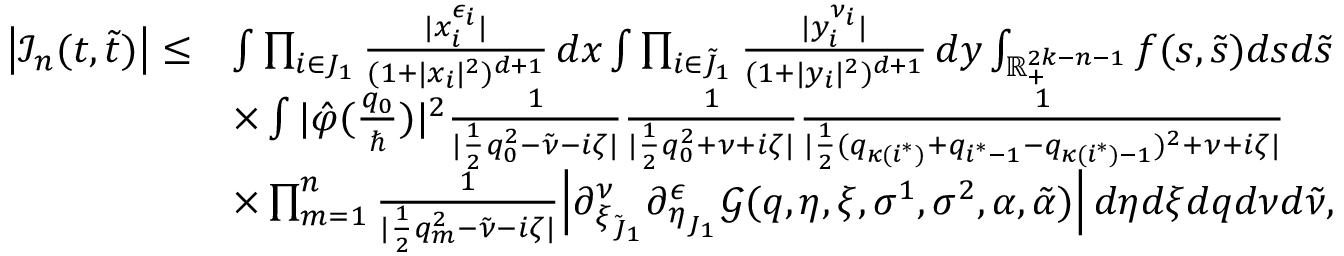
\begin{array} { r l } { \big | \mathcal { I } _ { n } ( \boldsymbol { t } , \boldsymbol { \tilde { t } } ) \big | \leq } & { \int \prod _ { i \in J _ { 1 } } \frac { | x _ { i } ^ { \epsilon _ { i } } | } { ( 1 + | x _ { i } | ^ { 2 } ) ^ { d + 1 } } \, d \boldsymbol { x } \int \prod _ { i \in \tilde { J } _ { 1 } } \frac { | y _ { i } ^ { \nu _ { i } } | } { ( 1 + | y _ { i } | ^ { 2 } ) ^ { d + 1 } } \, d \boldsymbol { y } \int _ { \mathbb { R } _ { + } ^ { 2 k - n - 1 } } f ( \boldsymbol { s } , \boldsymbol { \tilde { s } } ) d \boldsymbol { s } d \boldsymbol { \tilde { s } } } \\ & { \times \int | \hat { \varphi } ( \frac { q _ { 0 } } { \hbar } ) | ^ { 2 } \frac { 1 } { | \frac { 1 } { 2 } q _ { 0 } ^ { 2 } - \tilde { \nu } - i \zeta | } \frac { 1 } { | \frac { 1 } { 2 } q _ { 0 } ^ { 2 } + \nu + i \zeta | } \frac { 1 } { | \frac { 1 } { 2 } ( q _ { \kappa ( i ^ { * } ) } + q _ { i ^ { * } - 1 } - q _ { \kappa ( i ^ { * } ) - 1 } ) ^ { 2 } + \nu + i \zeta | } } \\ & { \times \prod _ { m = 1 } ^ { n } \frac { 1 } { | \frac { 1 } { 2 } q _ { m } ^ { 2 } - \tilde { \nu } - i \zeta | } \Big | \partial _ { \boldsymbol { \xi } _ { \tilde { J } _ { 1 } } } ^ { \boldsymbol { \nu } } \partial _ { \boldsymbol { \eta } _ { J _ { 1 } } } ^ { \boldsymbol { \epsilon } } \mathcal { G } ( \boldsymbol { q } , \boldsymbol { \eta } , \boldsymbol { \xi } , \sigma ^ { 1 } , \sigma ^ { 2 } , \alpha , \tilde { \alpha } ) \Big | \, d \boldsymbol { \eta } d \boldsymbol { \xi } d \boldsymbol { q } d \nu d \tilde { \nu } , } \end{array}